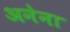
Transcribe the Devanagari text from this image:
अनेना